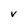
Character: V